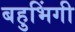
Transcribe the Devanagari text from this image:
बहुभिंगी